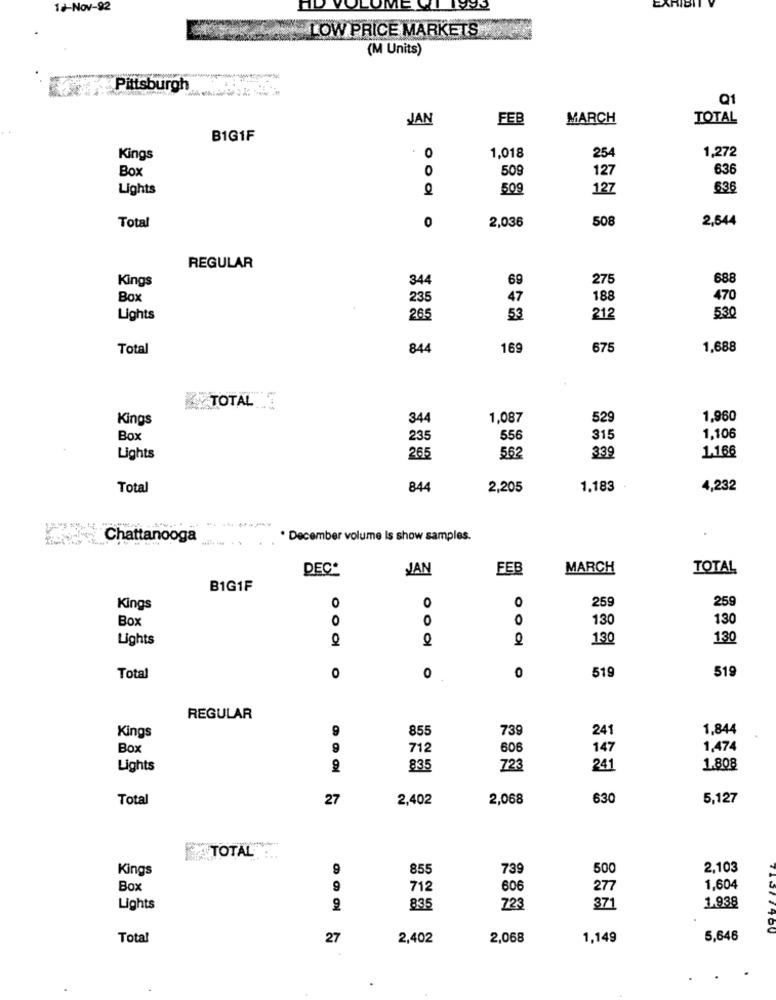
12-Nov-92
LOW PRICE MARKETS
(M Units)
Pittsburgh
Q1
JAN
FEB
MARCH
TOTAL
B1G1F
1,272
Kings
0
1,018
254
Box
0
509
127
636
Lights
509
127
636
508
2,544
Total
0
2,036
REGULAR
Kings
344
69
275
688
Box
235
47
188
470
Lights
265
53
212
530
Total
844
169
675
1,688
TOTAL
Kings
344
1,087
52
1,960
Box
235
556
315
1,106
339
1.166
Lights
265
562
Total
844
2,205
1.183
4,232
------
Chattanooga
. December volume Is show samples.
DEC*
JAN
FEB
MARCH
TOTAL
B1G1F
0
0
0
259
259
Kings
Box
0
0
0
130
130
Lights
OI
130
130
519
Total
O
0
0
519
REGULAR
Kings
9
855
739
241
1,844
Box
712
606
147
1,474
Lights
835
723
241
1.808
Total
27
2,402
2,068
630
5,127
TOTAL :..
Kings
9
855
739
500
2,103
Box
9
712
606
277
1,604
Lights
835
723
371
1.938
Total
27
2,402
2,068
1,149
5,646